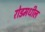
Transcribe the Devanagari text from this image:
रोडमधील